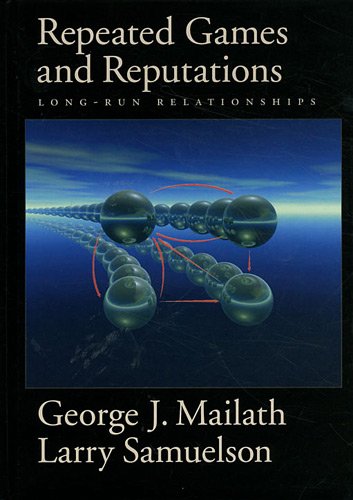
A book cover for Repeated Games and Reputations: Long-Run Relationships; George J. Mailath; Science & Math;